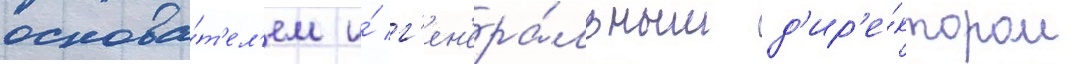
основа́т'ел'ем и́ г'ен'ера́льным д'ир'е́ктором